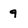
Character: q